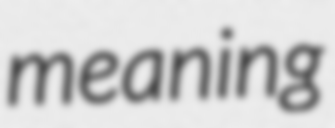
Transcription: meaning